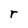
Character: r